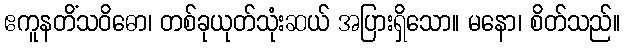
ဧကူနတိံသဝိဓော၊ တစ်ခုယုတ်သုံးဆယ် အပြားရှိသော။ မနော၊ စိတ်သည်။